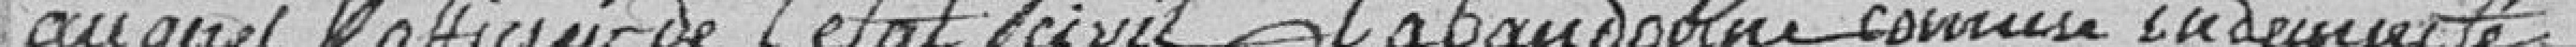
auquel l'officier de l'état civil l'abandonne comme indemnité